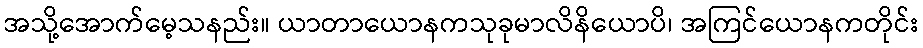
အသို့အောက်မေ့သနည်း။ ယာတာယောနကသုခုမာလိနိယောပိ၊ အကြင်ယောနကတိုင်း